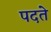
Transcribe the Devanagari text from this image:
पदते